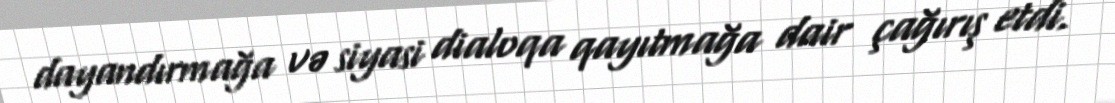
dayandırmağa və siyasi dialoqa qayıtmağa dair çağırış etdi.